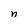
Character: n